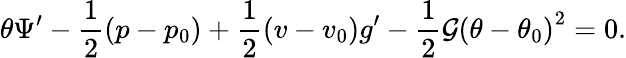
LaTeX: \theta\Psi^{\prime}-\frac{1}{2}(p-p_{0})+\frac{1}{2}(v-v_{0})g^{\prime}-\frac{1}{2}\mathcal{G}\left(\theta-\theta_{0}\right)^{2}=0.